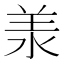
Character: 𣴎